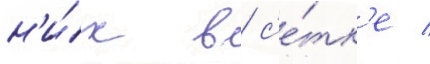
н'и́х в с'е́тк'е /